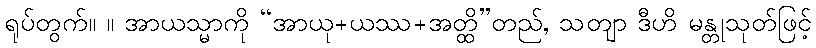
ရုပ်တွက်။ ။ အာယသ္မာကို “အာယု+ယဿ+အတ္ထိ”တည်, သတျာ ဒီဟိ မန္တုသုတ်ဖြင့်